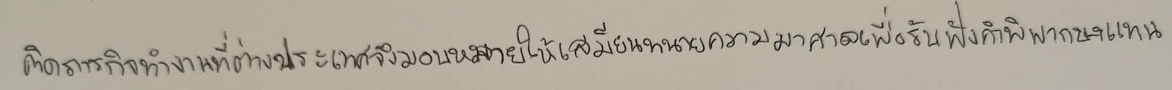
ติดภารกิจทำงานที่ต่างประเทศจึงมอบหมายให้เสมียนทนายความมาศาลเพื่อรับฟังคำพิพากษาแทน